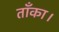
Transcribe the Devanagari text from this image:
ताँका।